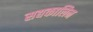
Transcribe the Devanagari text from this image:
सद्यकालिन